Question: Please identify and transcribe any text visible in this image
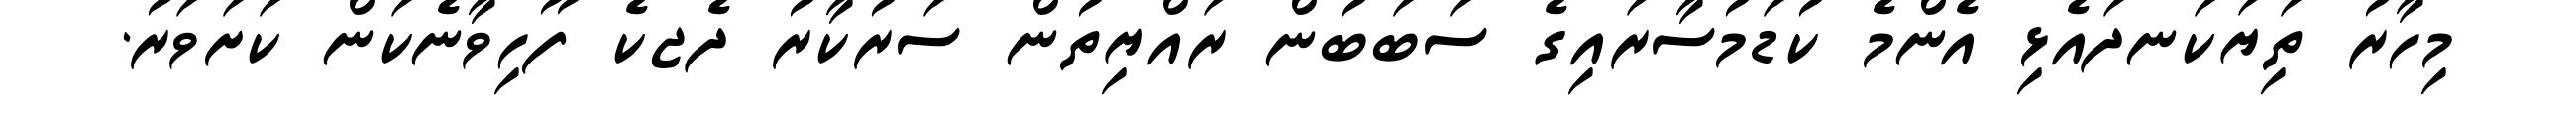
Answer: މިހާރު ތަިޔަކަނދައެޅި އެންމެ ކުޑަމުސާރައިގެ ސަބަބުން ރައްޔިތުން ސަރުކާރު ދެޖކެ ފޫހިވާނެކަން ކަށަވަރު.